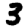
Digit: 3